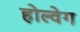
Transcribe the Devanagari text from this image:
होल्वेग